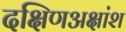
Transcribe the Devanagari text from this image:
दक्षिणअक्षांश